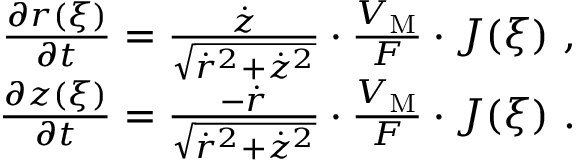
\begin{array} { r } { \frac { \partial r ( \xi ) } { \partial t } = \frac { \Dot { z } } { \sqrt { \Dot { r } ^ { 2 } + \Dot { z } ^ { 2 } } } \cdot \frac { V _ { \mathrm { M } } } { F } \cdot J ( \xi ) \ , } \\ { \frac { \partial z ( \xi ) } { \partial t } = \frac { - \Dot { r } } { \sqrt { \Dot { r } ^ { 2 } + \Dot { z } ^ { 2 } } } \cdot \frac { V _ { \mathrm { M } } } { F } \cdot J ( \xi ) \ . } \end{array}